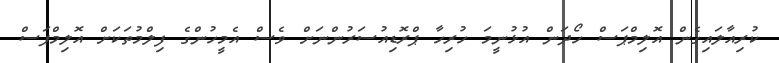
ކުރިއާލައިގެން އޮލިމްޕަސް ހޯދަން އުޅުނީމަ ހުރިހާ ޕްރޮޑިއުސަރުންނަށް ވެސް އެމީހުންގެ ފިލްމުތަކަށް އޮލިމްޕަސް